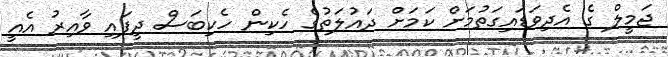
ޖަމީލް ގެ އެދިވަޑައިގަތުމަށް ކަމަށް ދައުލަތުގެ ހެކިން ހެކިބަސް ދީފައި ވާއިރު އެއީ